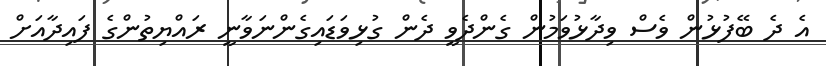
އެ ދެ ބޭފުޅުން ވެސް ވިދާޅުވަމުން ގެންދެވީ ދެން ގުޅިވަޑައިގެންނަވާނީ ރައްޔިތުންގެ ފައިދާއަށް